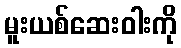
မူးယစ်ဆေးဝါးကို